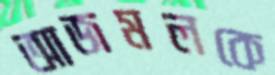
আজমলকে